Trukikaitis_Postimees, lk 12
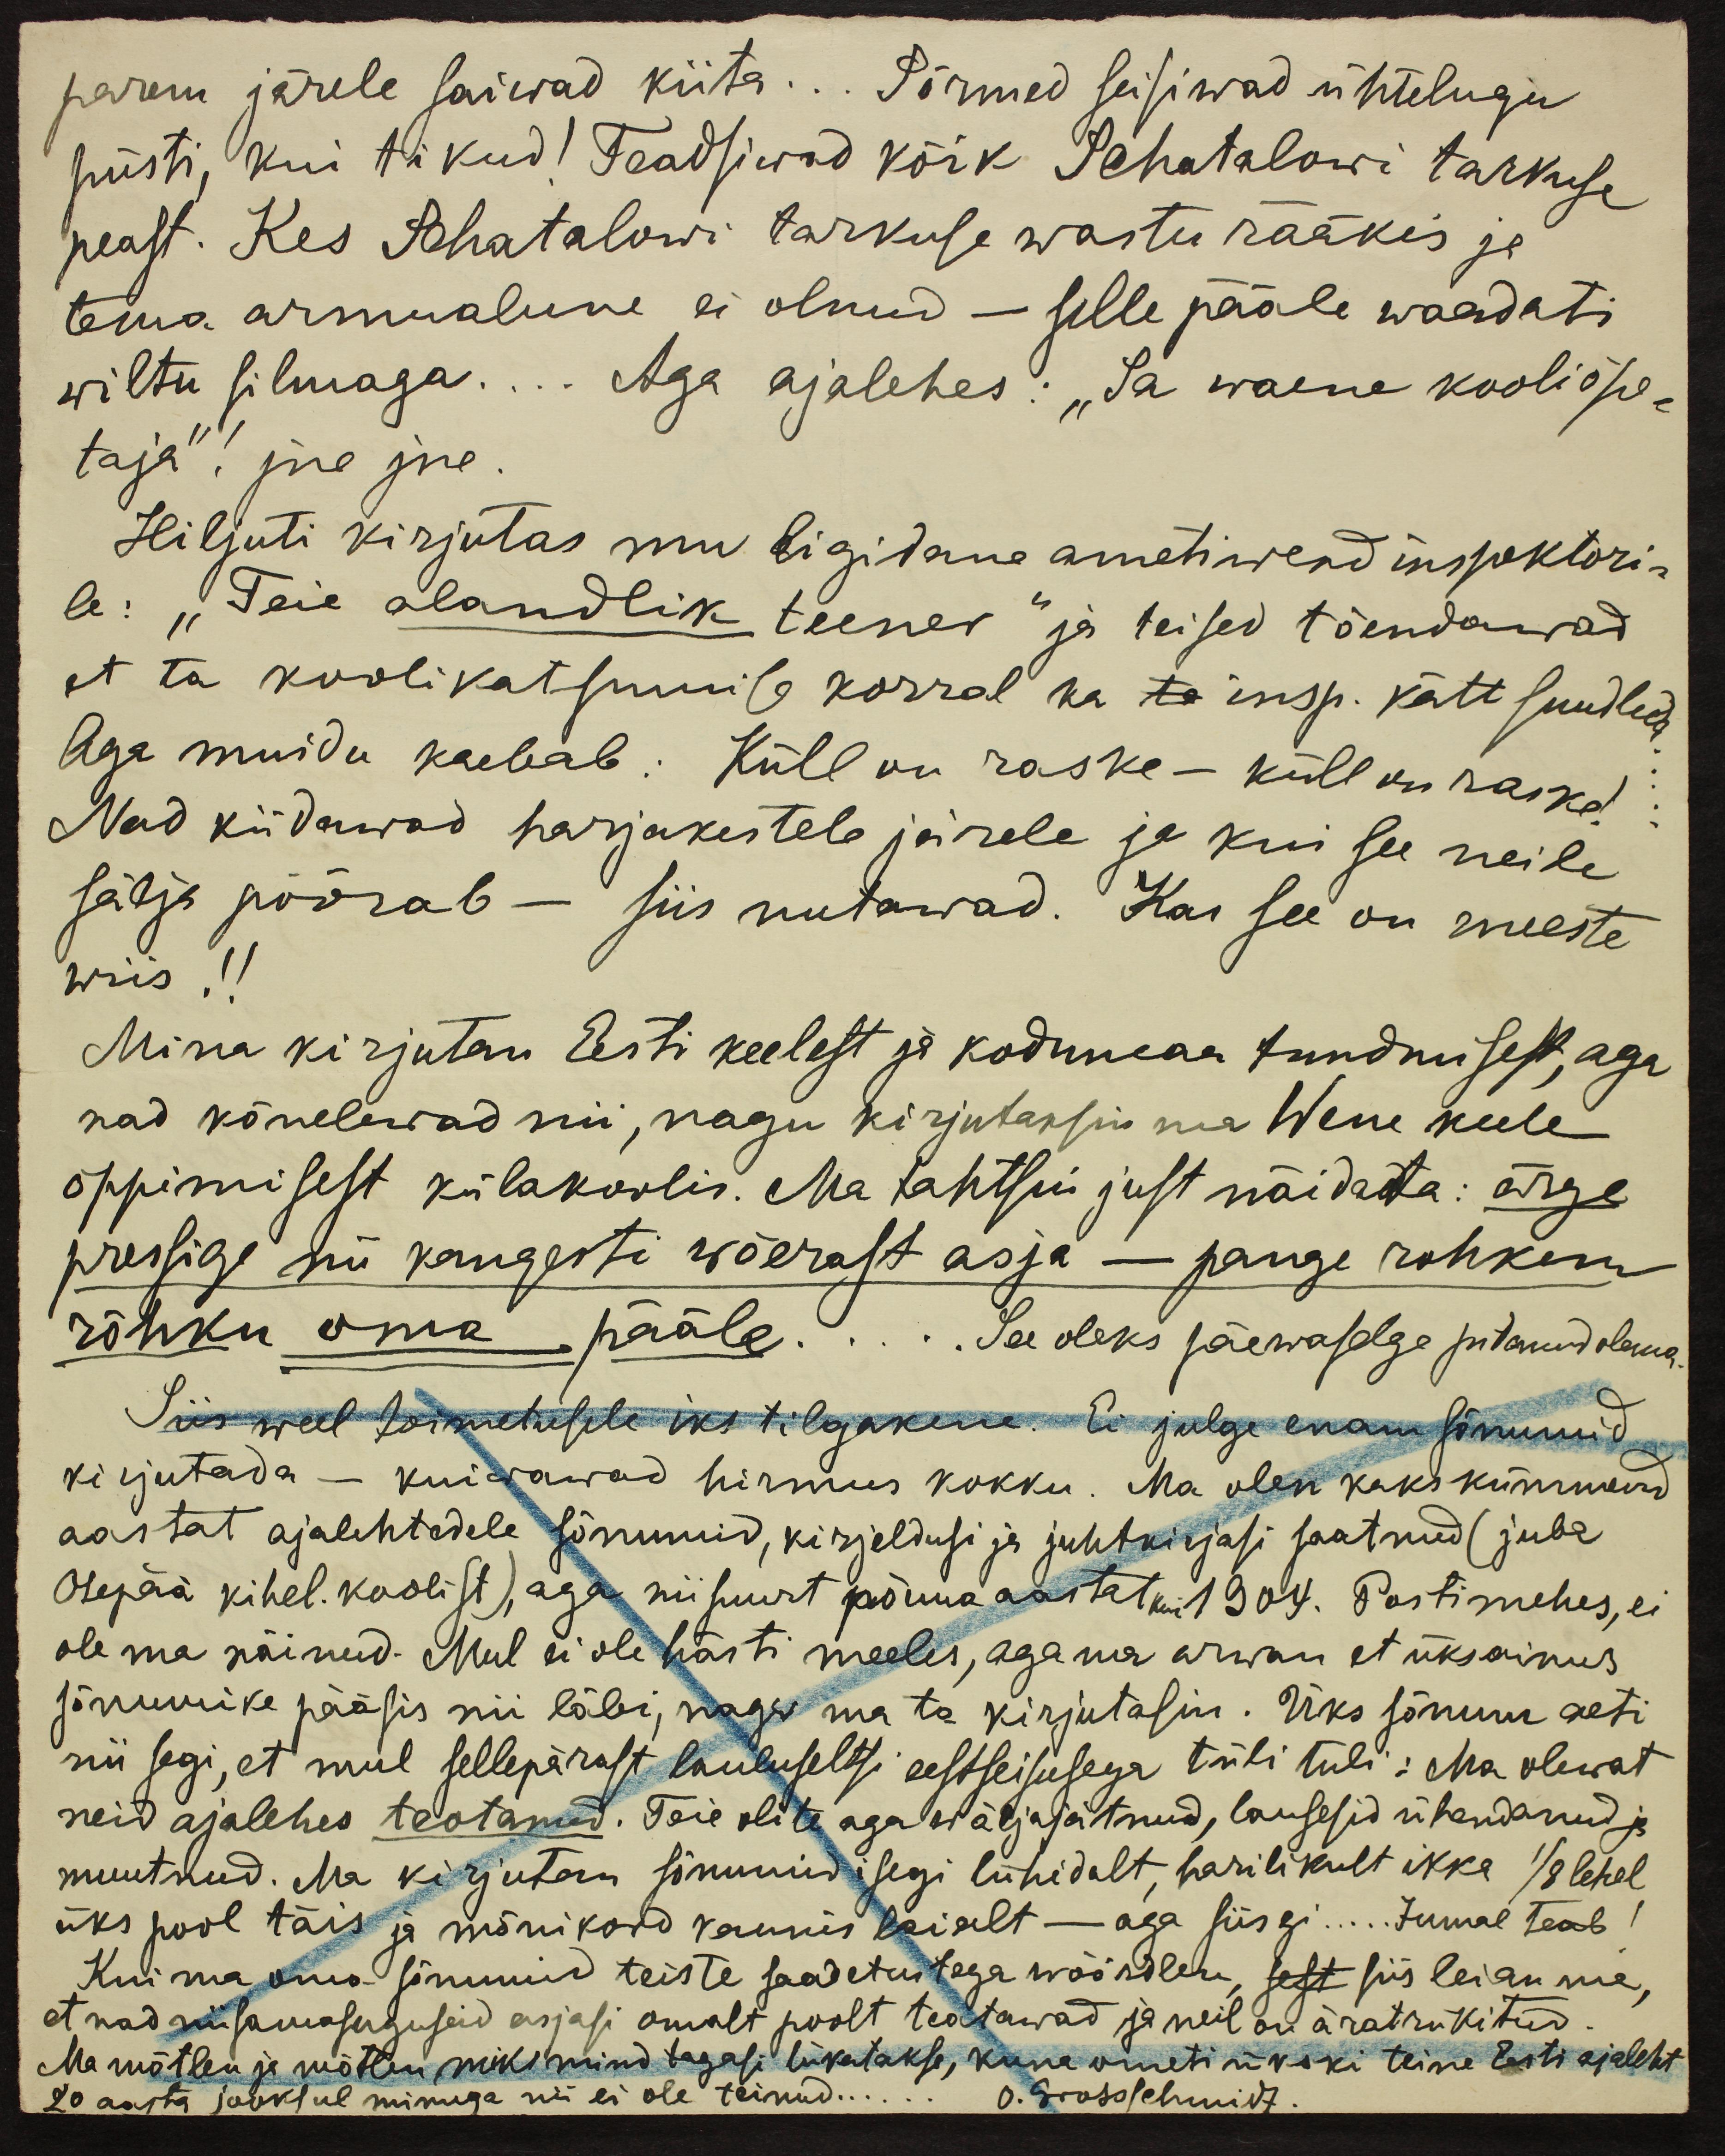
parem järele saiwad kiita... Sõrmed seisiwad ühtelugu
püsti, kui tikud. Teadsiwad kõik Schatalowi tarkuse
peast. Kes Schatalowi tarkuse wastu rääkis ja
tema armualune ei olnud - selle pääle waadati
wiltu silmaga.... Aga ajalehes: "Sa waene kooliõpe-
taja"! jne jne.
Hiljuti kirjutas mu ligidane ametiwend inspektori-
le: "Teie alandlik teener" ja teised tõendawad
et ta koolikatsumise korral ka ta insp. kätt suudleda
Aga muidu kaebab: Küll on raske - küll su raske!
Nad kiidawad harjakestele järele ja kui see neile
sälja pöörab - siis nutawad. Kas see on meeste
wiis !!
Mina kirjutan Eesti keelest ja kodumaa tundmisest, aga
nad kõnelewad nii, nagu kirjutaksin ma Wene keele
õppimisest külakoolis. Ma tahtsin just näidata: ärge
pressiga nii kangesti wõerast asja - pange rohkem
rõhku oma pääle..... See oleks päewaselge pitanud olema
Siis weel toimetusele üks tilgakene. Ei julge enam sõnumid
kirjutada - kuiwawad hirmus kokku. Ma olen kaks kümmend
aastat ajalehtedele sõnumid, kirjeldusi ja juhtkirjasi saatnud (juba
Otepää kihel. koolist), aga niisuurt põuua aastat kui 1904. Postimehes, ei
olema näinud. Mul ei ole hästi meeles, aga ma arwan et üksainus
sõnumike pääsis nii läbi, nagu ma ta kirjutasin. Üks sõnum aeti
nii segi, et mul sellepärast lauluseltsi eestseisusega tüli tuli: Ma olewat
neid ajalehes teotanud. Teie olite aga wälja jätnud, lausesid ühendanud ja
muutnud. Ma kirjutan sõnumid isegi lühidalt, harilikult ikka 1/8 lehel
üks pool täis ja mõnikord kaunis laialt - aga siisgi... Jumal teab!
Kui ma oma sõnumid teiste saadetustega wõõrdlen, sest siis leian ma,
et nad niisamasuguseid asjasi omalt poolt teatawad ja neil on äratrükitud.
Ma mõtlen ja mõtlen, miks mind tagasi lükatakse, kuna ometi ükski teine Eesti ajaleht
20 aasta jooksul minuga nii ei ole teinud...... O. Grossschmidt.